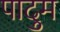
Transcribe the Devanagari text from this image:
पादुम